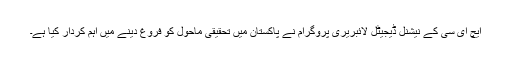
ایچ ای سی کے نیشنل ڈیجیٹل لائبریری پروگرام نے پاکستان میں تحقیقی ماحول کو فروغ دینے میں اہم کردار کیا ہے۔